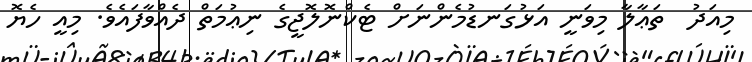
މިއަދު  ތަޢާލާ މިވަނީ އަޅުގަނޑުމެންނަށް ޓެކްނޮލޮޖީގެ ނިޢުމަތް ދެއްވާފައެވެ. މިއީ ހެޔޮ